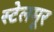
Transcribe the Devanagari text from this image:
स्टेलमूर